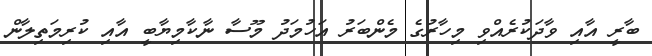
ބާރީ އާއި ވާދަކުރެއްވި މިހާރުގެ މެންބަރު އަހުމަދު މޫސާ ނާކާމިޔާބީ އާއި ކުރިމަތިލާން